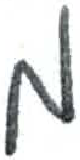
אות: מ